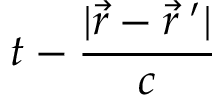
t - \frac { | \vec { r } - \vec { r } \: ^ { \prime } | } { c }